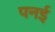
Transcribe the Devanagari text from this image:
पनई